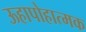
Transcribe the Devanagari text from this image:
ऊहापोहात्मक